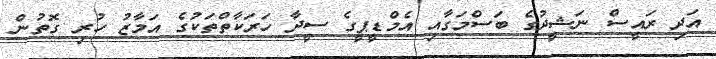
އަދި ރައީސް ނަޝީދުގެ ބަސްމަގާއި އެމްޑީޕީގެ ސީދާ ހަރަކާތްތަކުގެ އަމާޒު ހުރި ގޮތުން